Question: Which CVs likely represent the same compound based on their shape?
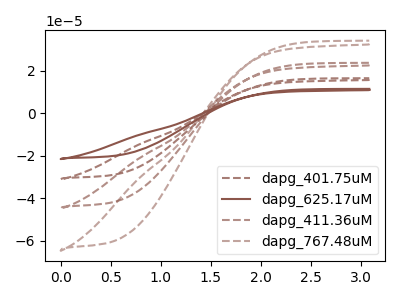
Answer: <think>The brown dashed curve "dapg_401.75uM" has no peaks. The brown curve "dapg_625.17uM" has no peaks. The brown dashed curve "dapg_411.36uM" has no peaks. The brown dashed curve "dapg_767.48uM" has no peaks.
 Neither "dapg_401.75uM" or "dapg_625.17uM" have any peaks. Neither "dapg_401.75uM" or "dapg_411.36uM" have any peaks. Neither "dapg_401.75uM" or "dapg_767.48uM" have any peaks. Neither "dapg_625.17uM" or "dapg_411.36uM" have any peaks. Neither "dapg_625.17uM" or "dapg_767.48uM" have any peaks. Neither "dapg_411.36uM" or "dapg_767.48uM" have any peaks.</think>
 <answer>"dapg_625.17uM", "dapg_401.75uM", "dapg_411.36uM" and "dapg_767.48uM" have the same shape and are likely CV's of the same chemical.</answer>
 <eval>"dapg_625.17uM" "dapg_401.75uM" "dapg_411.36uM" "dapg_767.48uM"</eval>